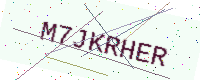
Text: M7JKRHER